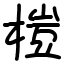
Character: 榿